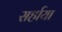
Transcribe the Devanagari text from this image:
सर्हाया